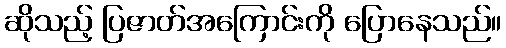
ဆိုသည့် ပြဇာတ်အကြောင်းကို ပြောနေသည်။